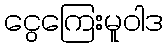
ငွေကြေးမူဝါဒ